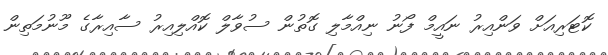
ކޮޓަރިއަށް ވަންއިރު ނައީމް ފޯނު ނިއްމާލި ގޮތުން ސުވާލް ކޮއްލިއިރު ސާއިރާގެ މޫނުމަތިން